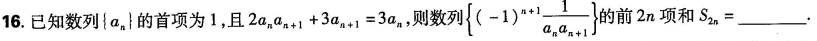
16.已知数列\left{a_{n}\right} 的首项为1，且$$2 a _ { n } a _ { n + 1 } + 3 a _ { n + 1 } = 3 a _ { n }$$，则数列$$\left { ( - 1 ) ^ { n + 1 } \frac { 1 } { a _ { n } a _ { n + 1 } \right }$$ 的前2n项和$$S _ { 2 n } = ___$$.